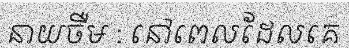
នាយចឺម : នៅពេលដែលគេ